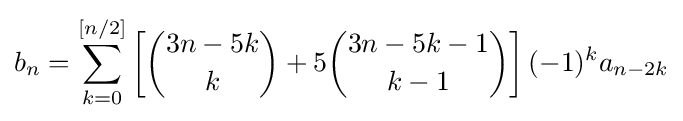
b_{n}=\sum _{k=0}^{[n/2]}\left[{\binom {3n-5k}{k}}+5{\binom {3n-5k-1}{k-1}}\right](-1)^{k}a_{n-2k}